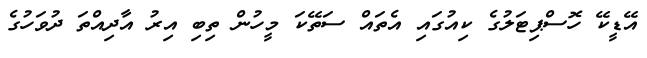
އޭޑީކޭ ހޮސްޕިޓަލުގެ ކިއުގައި އެތައް ސަތޭކަ މީހުން ތިބި އިރު އާދިއްތަ ދުވަހުގެ